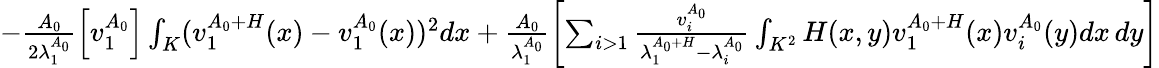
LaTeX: \begin{array}{r}{-\frac{A_{0}}{2\lambda_{1}^{A_{0}}}\left[v_{1}^{A_{0}}\right]\int_{K}(v_{1}^{A_{0}+H}(x)-v_{1}^{A_{0}}(x))^{2}dx+\frac{A_{0}}{\lambda_{1}^{A_{0}}}\left[\sum_{i>1}\frac{v_{i}^{A_{0}}}{\lambda_{1}^{A_{0}+H}-\lambda_{i}^{A_{0}}}\int_{K^{2}}H(x,y)v_{1}^{A_{0}+H}(x)v_{i}^{A_{0}}(y)dx\, dy\right]}\end{array}